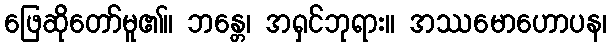
ဖြေဆိုတော်မူ၏။ ဘန္တေ၊ အရှင်ဘုရား။ အဿမောဟောပန၊